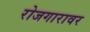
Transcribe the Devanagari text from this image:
रोजगारावर